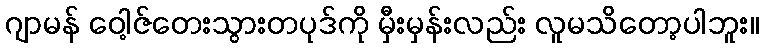
ဂျာမန် ဝေါ့ဇ်တေးသွားတပုဒ်ကို မှီးမှန်းလည်း လူမသိတော့ပါဘူး။